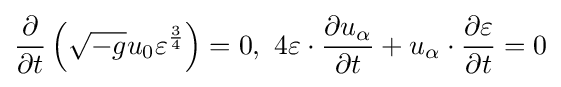
{\frac {\partial }{\partial t}}\left({\sqrt {-g}}u_{0}\varepsilon ^{\frac {3}{4}}\right)=0,\ 4\varepsilon \cdot {\frac {\partial u_{\alpha }}{\partial t}}+u_{\alpha }\cdot {\frac {\partial \varepsilon }{\partial t}}=0